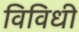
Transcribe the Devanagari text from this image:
विविधी